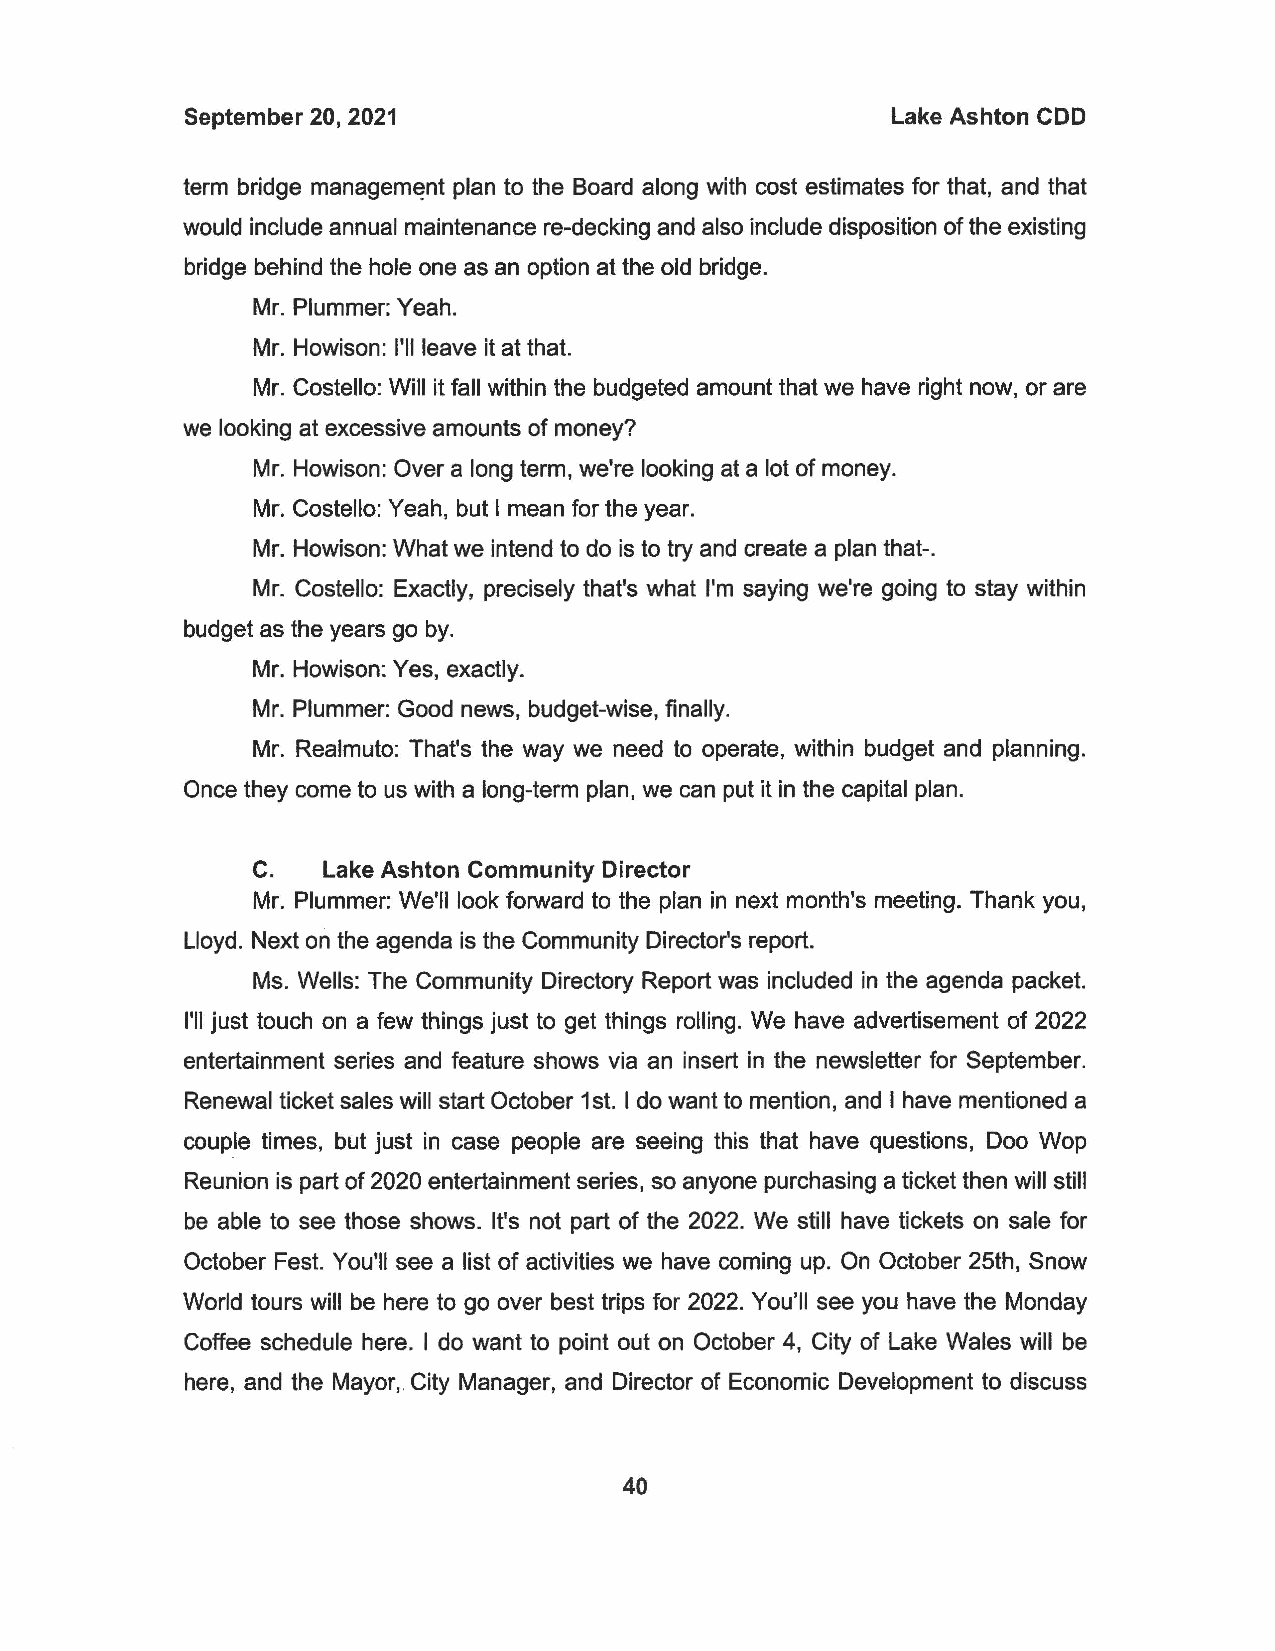
September 20, 2021                             Lake Ashton CDD
 term bridge managem~nt plan to the Board along with cost estimates for that, and that
 would include annual maintenance re-decking and also include disposition of the existing
 bridge behind the hole one as an option at the old bridge.
 Mr. Plummer: Yeah.
 Mr. Howison: I'll leave it at that.
 Mr. Costello: Will it fall within the budgeted amount that we have right now, or are
 we looking at excessive amounts of money?
 Mr. Howison: Over a long term, we're looking at a lot of money.
 Mr. Costello: Yeah, but I mean for the year.
 Mr. Howison: What we intend to do is to try and create a plan that-.
 Mr. Costello: Exactly, precisely that's what I'm saying we're going to stay within
 budget as the years go by.
 Mr. Howison: Yes, exactly.
 Mr. Plummer: Good news, budget-wise, finally.
 Mr. Realmuto: That's the way we need to operate, within budget and planning.
 Once they come to us with a long-term plan, we can put it in the capital plan.
 C.   Lake Ashton Community Director
 Mr. Plummer: We'll look forward to the plan in next month's meeting. Thank you,
 Lloyd. Next on the agenda is the Community Director's report.
 Ms. Wells: The Community Directory Report was included in the agenda packet.
 I'll just touch on a few things just to get things rolling. We have advertisement of 2022
 entertainment series and feature shows via an insert in the newsletter for September.
 Renewal ticket sales will start October 1st. I do want to mention, and I have mentioned a
 couple times, but just in case people are seeing this that have questions, Doo Wop
 Reunion is part of 2020 entertainment series, so anyone purchasing a ticket then will still
 be able to see those shows. It's not part of the 2022. We still have tickets on sale for
 October Fest. You'll see a list of activities we have coming up. On October 25th, Snow
 World tours will be here to go over best trips for 2022. You'll see you have the Monday
 Coffee schedule here. I do want to point out on October 4, City of Lake Wales will be
 here, and the Mayor,. City Manager, and Director of Economic Development to discuss
 40